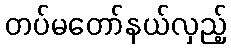
တပ်မတော်နယ်လှည့်